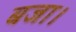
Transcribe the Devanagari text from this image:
बजा।